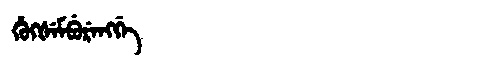
Manchu: ᡥᡠᡴᡧᡝᠮᠪᡠᡵᡝᠩᡤᡝ
Romanization: HUKŠEMBURENGGE